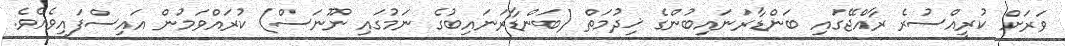
ވަރަށް ކުރީއްސުރެ ރާއްޖޭގައި ބަންޑާރަނައިބުންގެ ޚިދުމަތް (ބަންޑާރަނައިބުގެ ނަމުގައި ނޫނަސް) ކުރައްވަމުން އައިސްފައިވެއެވެ.